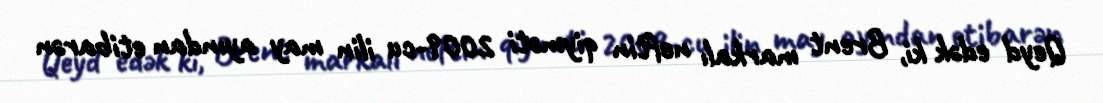
Qeyd edək ki, Brent markalı neftin qiyməti 2009-cu ilin may ayından etibarən